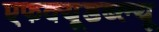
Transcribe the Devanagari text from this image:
एफक्यूडब्ल्यू